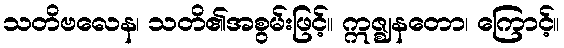
သတိဗလေန၊ သတိ၏အစွမ်းဖြင့်။ ဣဇ္ဈနတော၊ ကြောင့်။